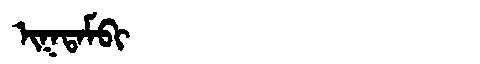
Manchu: ᡳᡴᡨᠠᠮᠪᡳ
Romanization: IKTAMBI